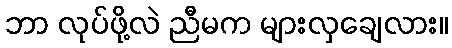
ဘာ လုပ်ဖို့လဲ ညီမက များလှချေလား။